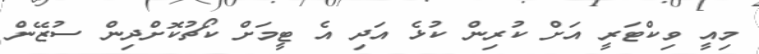
މިއީ ވިކްޓަރީ އަށް ކުރިން ކުޅެ އަދި އެ ޓީމަށް ކޯޗުކޮށްދިން ސުޒޭން